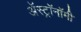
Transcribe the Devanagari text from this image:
अॅस्ट्रॉनॉमी